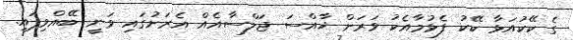
ގެ ކޭކުއަޅާ ކޭކު ފެޅުމާއެކު ވަރަށް ޚާއްސަ ޖަލްސާއެއް އެރަށުގައި ވަނީ ބޭއްވިފައި.